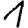
Digit: 1